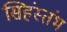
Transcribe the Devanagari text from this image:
सिहंस्तंभ